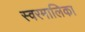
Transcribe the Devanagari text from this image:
स्वरमालिका